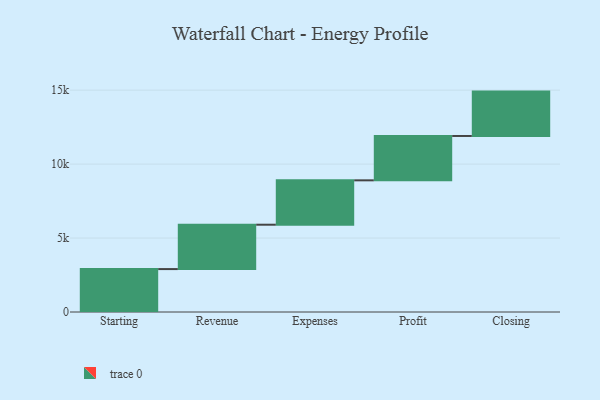
{"axis": {"x": "Step", "y": "Value"}, "legend": [""], "data": [{"x": "Starting", "y": 2902.0, "type": ""}, {"x": "Revenue", "y": 3000, "type": ""}, {"x": "Expenses", "y": 3000, "type": ""}, {"x": "Profit", "y": 3000, "type": ""}, {"x": "Closing", "y": 3000, "type": ""}]}